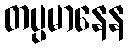
တပ္ပမာနေန